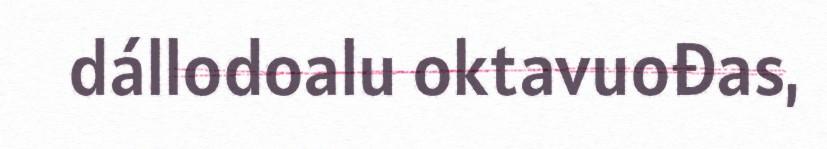
dállodoalu oktavuođas,